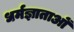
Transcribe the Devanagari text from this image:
धर्मज्ञाताओं